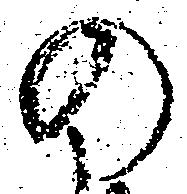
の